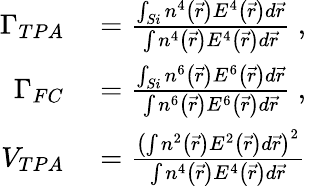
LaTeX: \begin{array}{rl}{\Gamma_{TPA}}&{{}=\frac{\int_{Si}n^{4}\left(\vec{r}\right)E^{4}\left(\vec{r}\right)d\vec{r}}{\int n^{4}\left(\vec{r}\right)E^{4}\left(\vec{r}\right)d\vec{r}}\mathrm{~,~}}\\ {\Gamma_{FC}}&{{}=\frac{\int_{Si}n^{6}\left(\vec{r}\right)E^{6}\left(\vec{r}\right)d\vec{r}}{\int n^{6}\left(\vec{r}\right)E^{6}\left(\vec{r}\right)d\vec{r}}\mathrm{~,~}}\\ {V_{TPA}}&{{}=\frac{\left(\int n^{2}\left(\vec{r}\right)E^{2}\left(\vec{r}\right)d\vec{r}\right)^{2}}{\int n^{4}\left(\vec{r}\right)E^{4}\left(\vec{r}\right)d\vec{r}}}\end{array}